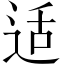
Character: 适